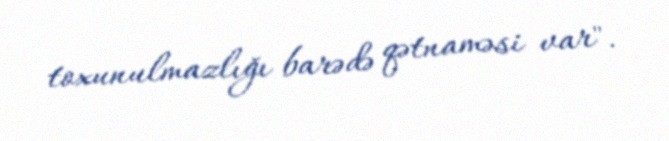
toxunulmazlığı barədə qətnaməsi var".